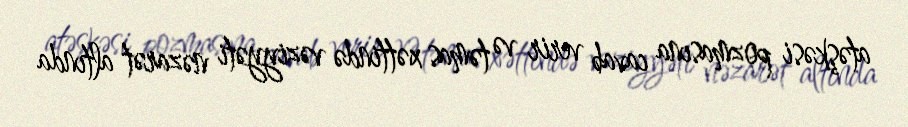
atəşkəsi pozmasına cavab verir və təmas xəttində vəziyyəti nəzarət altında